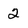
Character: 2